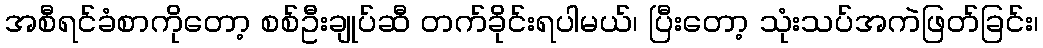
အစီရင်ခံစာကိုတော့ စစ်ဦးချုပ်ဆီ တက်ခိုင်းရပါမယ်၊ ပြီးတော့ သုံးသပ်အကဲဖြတ်ခြင်း၊